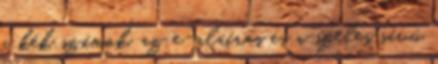
a kék számok, az e-aláírás és a széles sávú